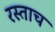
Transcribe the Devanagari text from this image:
रस्ताच